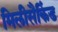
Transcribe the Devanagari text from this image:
मिलीसैकिंड